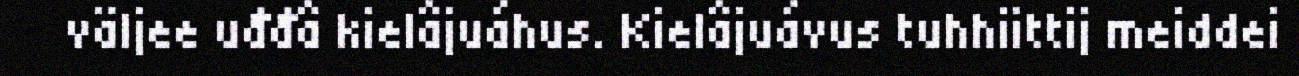
väljee uđđâ kielâjuáhus. Kielâjuávus tuhhiittij meiddei